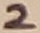
Text: 2